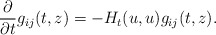
\begin{align*}\frac{\partial}{\partial t}g_{ij}(t,z)=-H_t(u,u)g_{ij}(t,z).\end{align*}